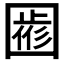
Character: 𡈖